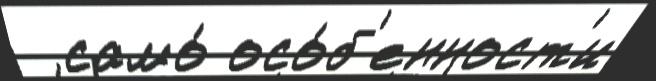
  само́ осо́б'енност'и